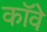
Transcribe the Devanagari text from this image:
कॉवे